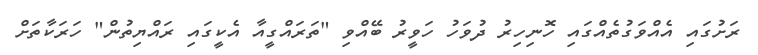
ރަށުގައި އެއްވަގުތެއްގައި ހޮނިހިރު ދުވަހު ހަވީރު ބޭއްވި "ތަރައްގީއާ އެކީގައި ރައްޔިތުން" ހަރަކާތަށް